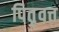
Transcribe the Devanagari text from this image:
पितृवत्त